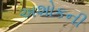
અશોકની